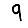
Digit: 9